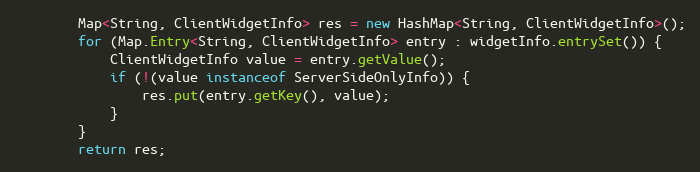
Language: Java
		Map<String, ClientWidgetInfo> res = new HashMap<String, ClientWidgetInfo>();
		for (Map.Entry<String, ClientWidgetInfo> entry : widgetInfo.entrySet()) {
			ClientWidgetInfo value = entry.getValue();
			if (!(value instanceof ServerSideOnlyInfo)) {
				res.put(entry.getKey(), value);
			}
		}
		return res;